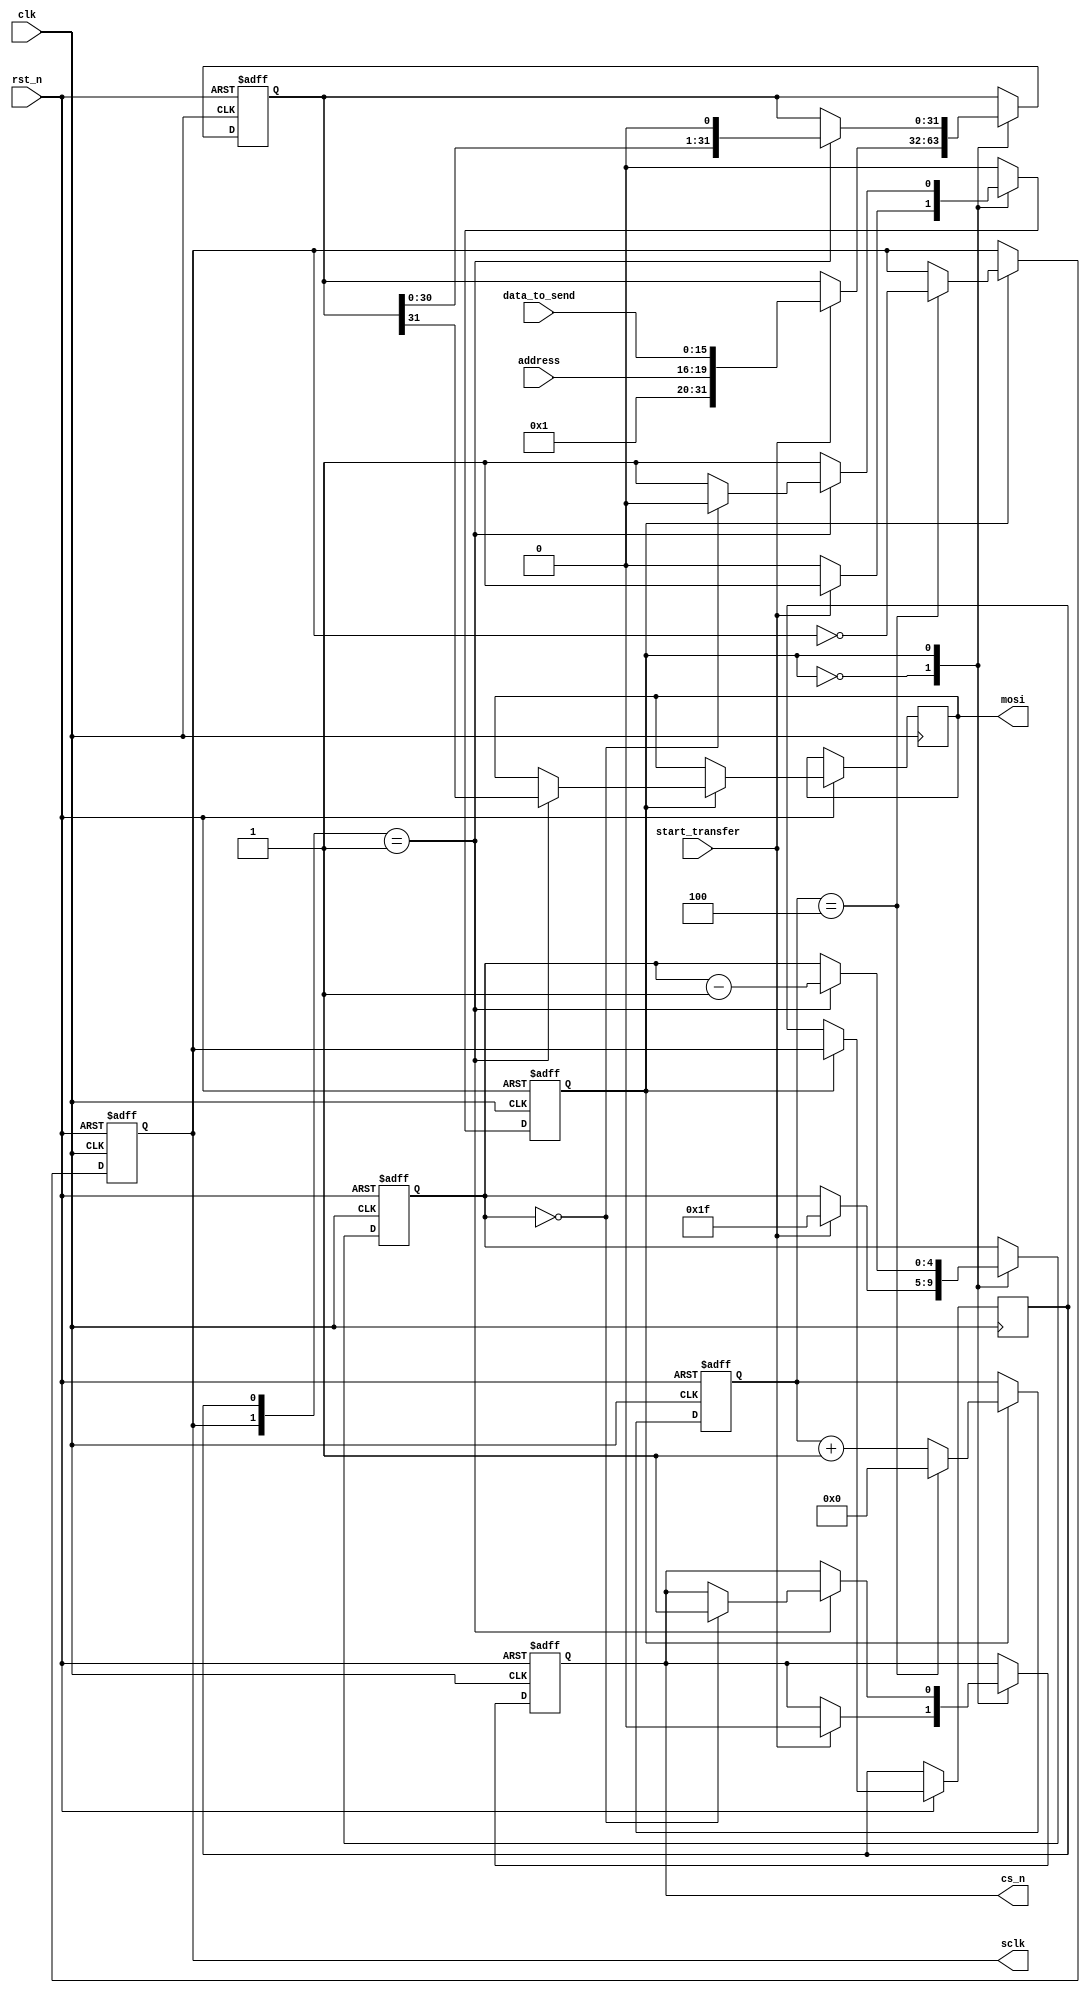
module spi_master_writeonly #(
    parameter SCLK = 20
)(
    input wire clk,
    input wire rst_n,
    input wire start_transfer,
    input wire [3:0] address,
    input wire [15:0] data_to_send,
    output reg sclk = 0,
    output reg cs_n = 1,
    output reg mosi = 0
);
localparam  cycle = 200/SCLK;
reg [4:0] clk_cnt=0;
reg sclk_next =0;
reg [31:0] shift_reg=0;
reg [4:0] bit_counter=0;
reg state=0;

// States for SPI state machine
localparam IDLE = 1'b0;
localparam TRANSFER = 1'b1;

always @(posedge clk or negedge rst_n) begin
    if (!rst_n) begin
        state <= IDLE;
        shift_reg <= 32'b0;
        bit_counter <= 5'b00000;
        cs_n <= 1'b1;
        sclk <= 1'b0;
        clk_cnt <= 5'b0;
    end else begin
        case (state)
            IDLE: begin
                if (start_transfer) begin
                    state <= TRANSFER;
                    shift_reg <= {12'h001, address, data_to_send};
                    bit_counter <= 5'b11111;
                    cs_n <= 1'b0;
                end
            end
            TRANSFER: begin
                sclk_next <= sclk;
                if (clk_cnt == cycle/2-1) begin
                    sclk <= ~sclk;
                    clk_cnt <= 5'b0;
                end
                else begin
                    clk_cnt <= clk_cnt + 1'b1;
                end
                if ({sclk,sclk_next} == 2'b01) begin
                    mosi <= shift_reg[31];
                    shift_reg <= {shift_reg[30:0], 1'b0};
                    bit_counter <= bit_counter - 1'b1;
                    if (bit_counter == 0) begin
                        state <= IDLE;
                        cs_n <= 1'b1;
                    end
                end
            end
        endcase
    end
end

endmodule